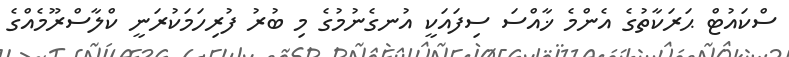
ސްކައުޓް ޙަރަކާތުގެ އެންމެ ޚާއްސަ ސިފައަކީ އުނގެނުމުގެ މި ބުރު ފުރިހަމަކުރަނީ ކްލާސްރޫމެއްގެ